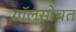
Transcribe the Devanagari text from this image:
गॉलसोबत